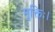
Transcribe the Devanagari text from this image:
मुक्तिः।